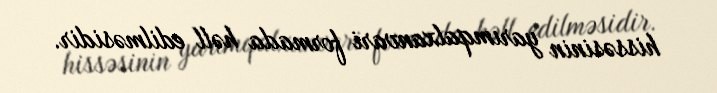
hissəsinin yarımqalxanvari formada həll edilməsidir.